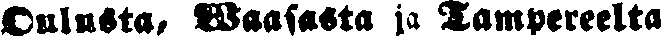
Oulusta, Waasasta ja Tampereelta